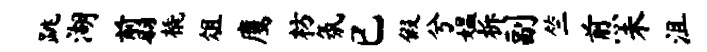
跳湖翦橇俎鹰枋氛已假兮媪柝副竺煎未沮